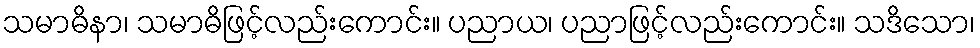
သမာဓိနာ၊ သမာဓိဖြင့်လည်းကောင်း။ ပညာယ၊ ပညာဖြင့်လည်းကောင်း။ သဒိသော၊